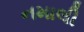
નમાલી